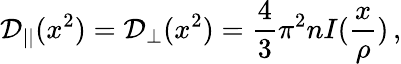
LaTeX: {\cal D}_{||}(x^{2})={\cal D}_{\bot}(x^{2})=\frac{4}{3}\pi^{2}nI(\frac{x}{\rho})\, ,